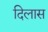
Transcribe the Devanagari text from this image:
दिलास